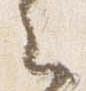
云